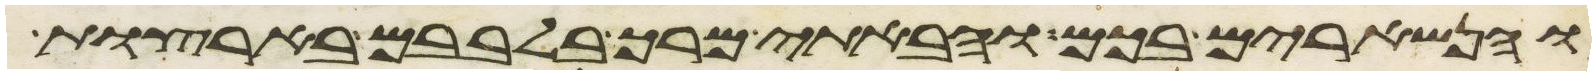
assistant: והנשארים בכם והבאתי מרך בלבבם בארצות